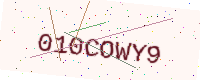
Text: 010COWY9